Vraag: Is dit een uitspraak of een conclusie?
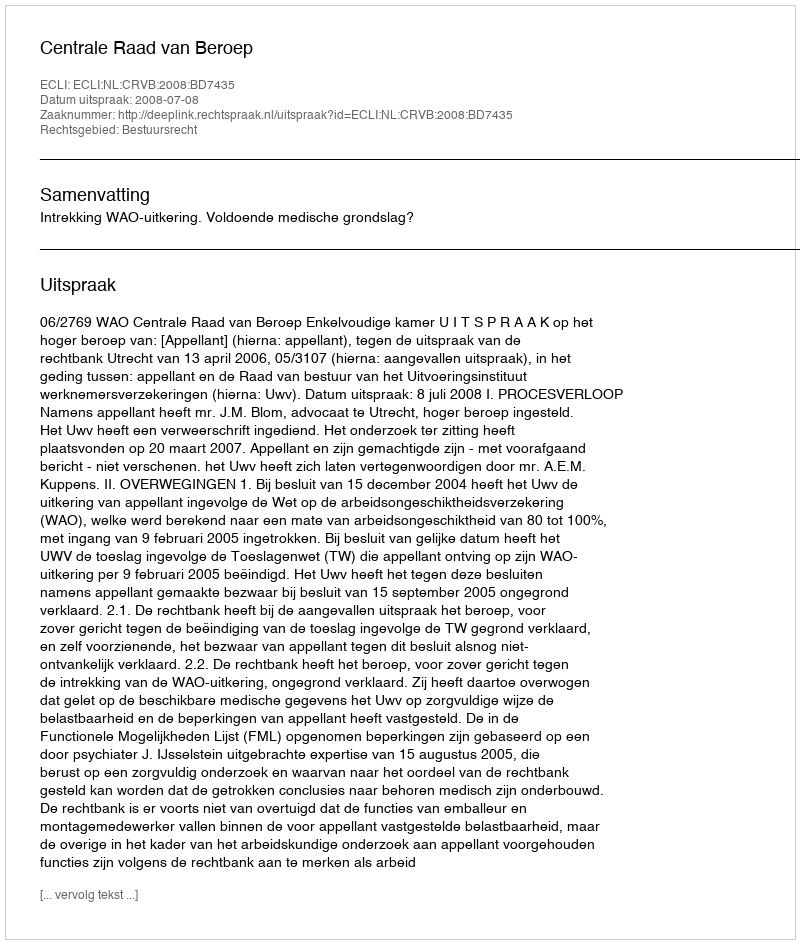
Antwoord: Uitspraak